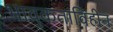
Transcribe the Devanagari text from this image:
भावुकताविहीन